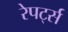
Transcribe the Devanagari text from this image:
रेपर्ट्स